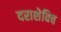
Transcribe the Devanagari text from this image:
दराशेविच